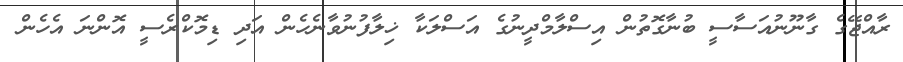
ރާއްޖޭގެ ގާނޫނުއަސާސީ ބުނާގޮތުން އިސްލާމްދީނުގެ އަސްލަކާ ޚިލާފުނުވާނެހެން އަދި ޑިމޮކްރެސީ އޮންނަ އެހެން